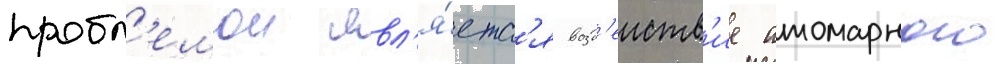
пробл'емои явл'я́етс'я возд'еиств'ие атомарного